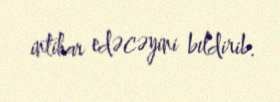
intihar edəcəyini bildirib.